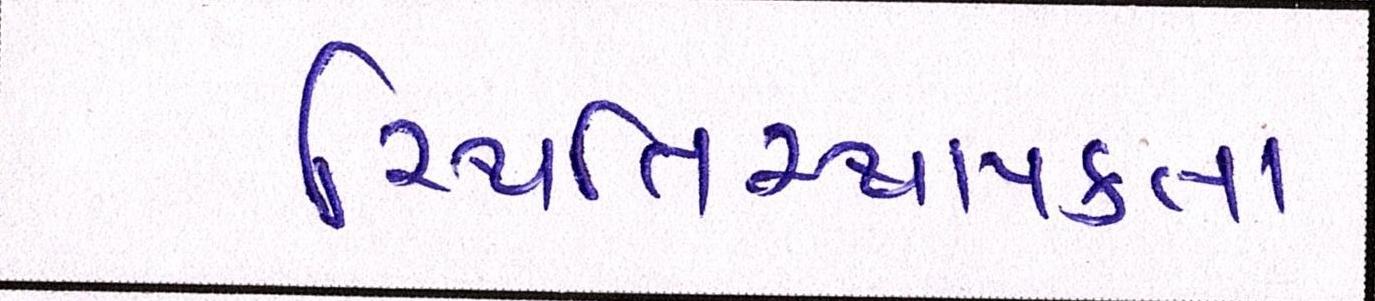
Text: સ્થિતિસ્થાપકતા